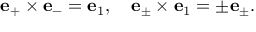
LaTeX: { \bf e } _ { + } \times { \bf e } _ { - } = { \bf e } _ { 1 } , \quad { \bf e } _ { \pm } \times { \bf e } _ { 1 } = \pm { \bf e } _ { \pm } .